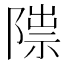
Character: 𨻍